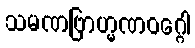
သမဏဗြာဟ္မဏဝဂ္ဂေါ